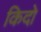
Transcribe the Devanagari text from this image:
किदो